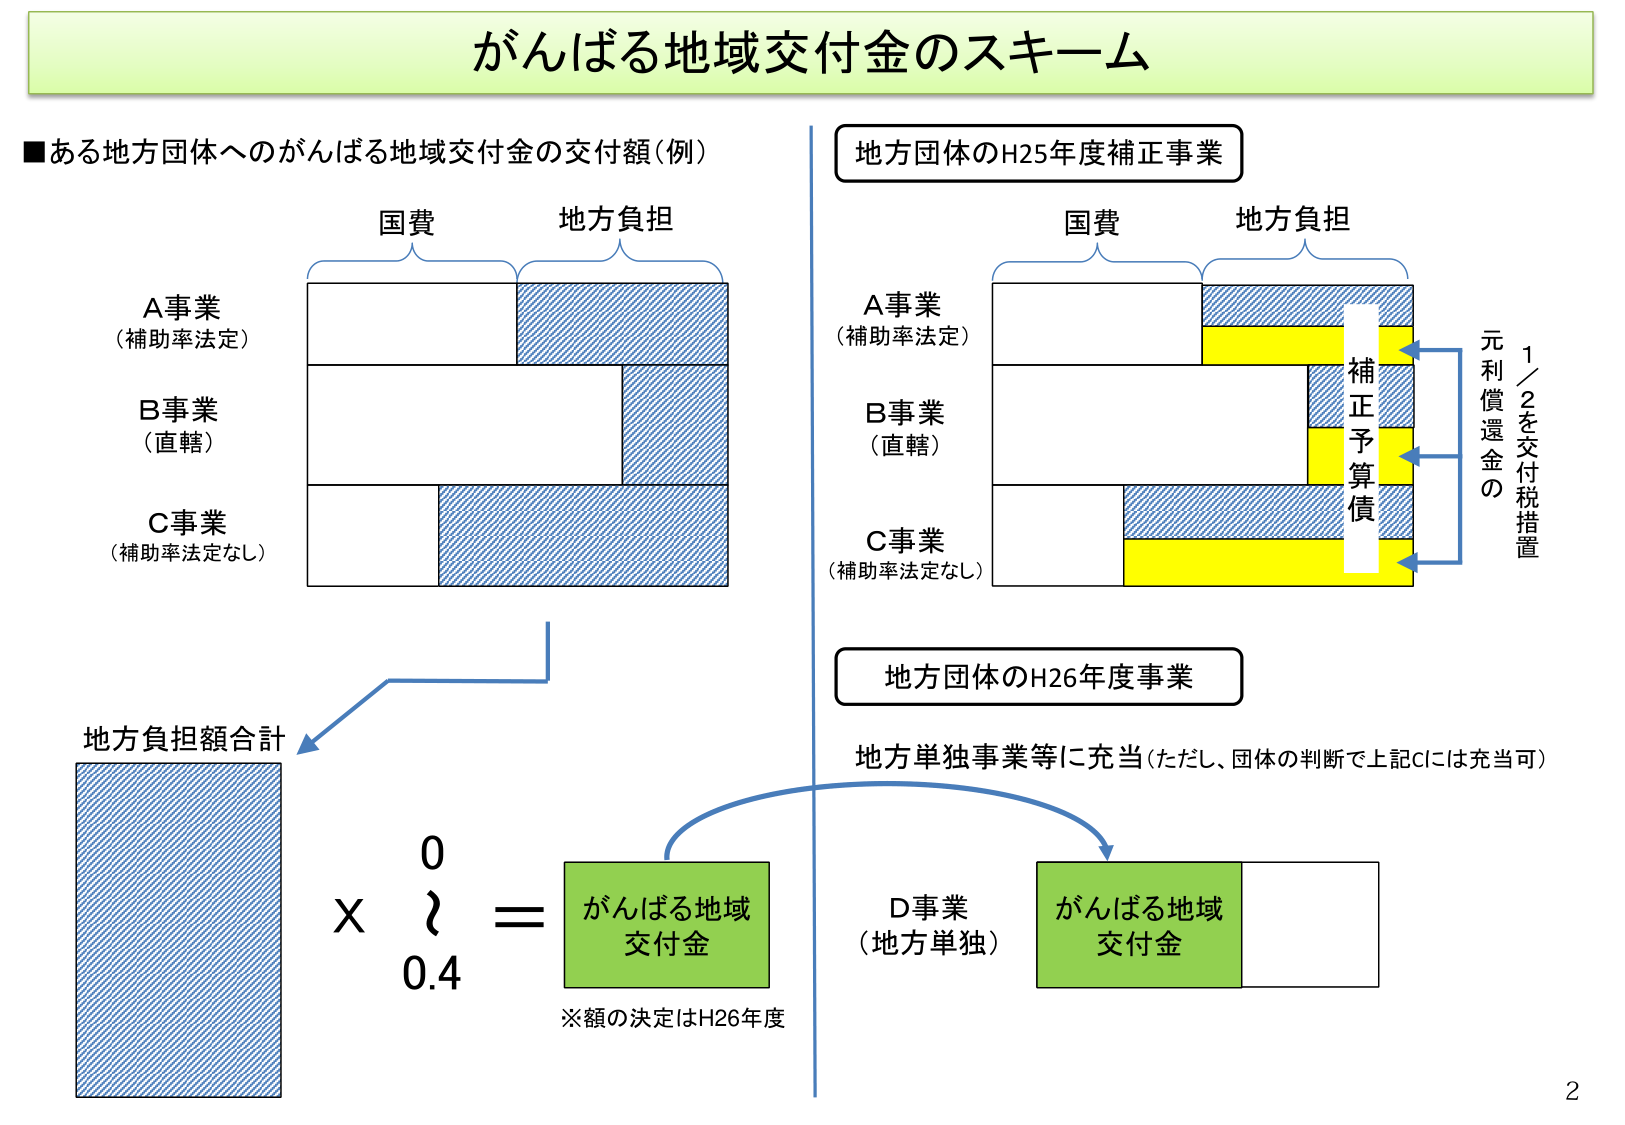
がんばる地域交付金のスキーム

■ある地方団体へのがんばる地域交付金の交付額（例）

国費　　　　　地方負担

A事業
（補助率法定）

B事業
（直轄）

C事業
（補助率法定なし）

地方負担額合計

×　0.4　＝　がんばる地域
　　　　　　　交付金
※額の決定はH26年度

地方団体のH25年度補正事業

国費　　　　　地方負担

A事業
（補助率法定）

B事業
（直轄）

C事業
（補助率法定なし）

補正予算債

元利償還金の
1／2を交付税措置

地方団体のH26年度事業

地方単独事業等に充当（ただし、団体の判断で上記Cには充当可）

D事業
（地方単独）

がんばる地域
交付金

2